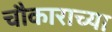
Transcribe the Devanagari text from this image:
चौकाराच्या